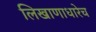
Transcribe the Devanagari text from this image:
लिखाणाधारेच